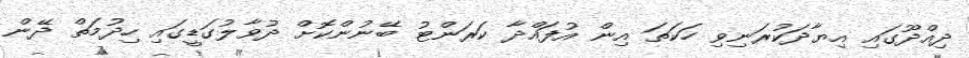
ދިއްދޫގައި އިޔާދަކުރަނިވި ހަކަތަ އިން އުފައްދާ ކަރަންޓު ބޭނުންކޮށް ދުވާލުގަޑީގައި ހިދުމަތް ދޭން